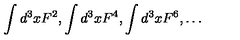
\int d ^ { 3 } x F ^ { 2 } , \int d ^ { 3 } x F ^ { 4 } , \int d ^ { 3 } x F ^ { 6 } , \ldots